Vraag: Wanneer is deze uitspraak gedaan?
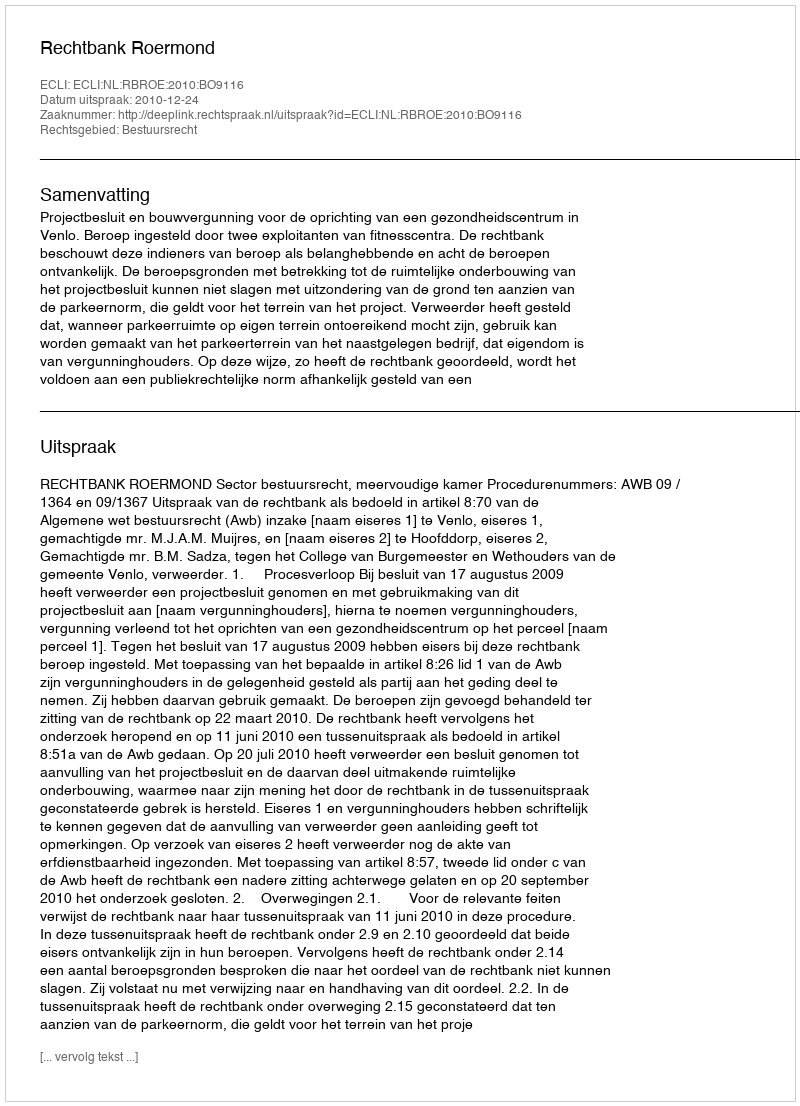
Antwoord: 2010-12-24